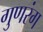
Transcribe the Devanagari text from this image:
गुणरंग